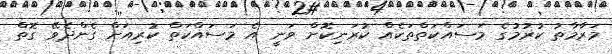
މަރާމާތު ކުރުމުގެ މަސައްކަތްތަކެއް ކުރަނިކޮށް ވަނީ އެ މަސައްކަތް ކުރިއަށް ގެންދެވޭ ގޮތް